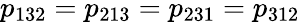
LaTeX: p_{132}=p_{213}=p_{231}=p_{312}